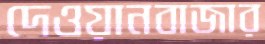
দেওয়ানবাজার